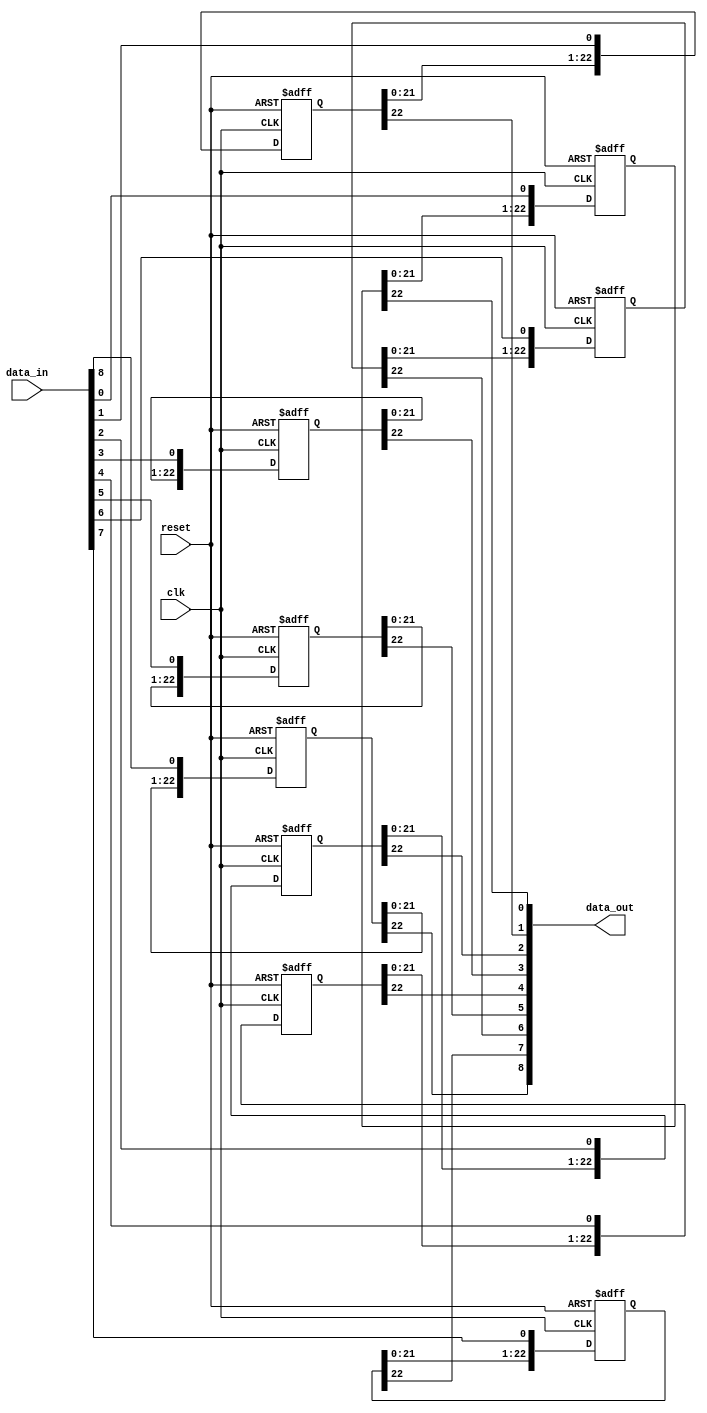
// Shifts data by a fixed depth.
// Optimize in future by finding a way to create 2-d arrays

module shift_9
(
  input clk,
  input reset,
  input signed [8:0] data_in,
  output signed [8:0] data_out
);

// Depth = D = n-k;
parameter IMAGE_WIDTH = 28;
parameter KERNEL_WIDTH = 5;
parameter D = IMAGE_WIDTH - KERNEL_WIDTH;

// Define holding register for each bit
reg [D-1:0] hr_0; reg [D-1:0] hr_1; reg [D-1:0] hr_2; reg [D-1:0] hr_3;
reg [D-1:0] hr_4; reg [D-1:0] hr_5; reg [D-1:0] hr_6; reg [D-1:0] hr_7;
reg [D-1:0] hr_8;

always @ (posedge clk or posedge reset) begin
  if (reset) begin
    hr_0 <= 0;
    hr_1 <= 0;
    hr_2 <= 0;
    hr_3 <= 0;
    hr_4 <= 0;
    hr_5 <= 0;
    hr_6 <= 0;
    hr_7 <= 0;
    hr_8 <= 0;
  end else begin
    hr_0 [D-1:0] <= {hr_0[D-2:0], data_in[0]};
    hr_1 [D-1:0] <= {hr_1[D-2:0], data_in[1]};
    hr_2 [D-1:0] <= {hr_2[D-2:0], data_in[2]};
    hr_3 [D-1:0] <= {hr_3[D-2:0], data_in[3]};
    hr_4 [D-1:0] <= {hr_4[D-2:0], data_in[4]};
    hr_5 [D-1:0] <= {hr_5[D-2:0], data_in[5]};
    hr_6 [D-1:0] <= {hr_6[D-2:0], data_in[6]};
    hr_7 [D-1:0] <= {hr_7[D-2:0], data_in[7]};
    hr_8 [D-1:0] <= {hr_8[D-2:0], data_in[8]};
  end
end

assign data_out[0] = hr_0[D-1]; assign data_out[1] = hr_1[D-1];
assign data_out[2] = hr_2[D-1]; assign data_out[3] = hr_3[D-1];
assign data_out[4] = hr_4[D-1]; assign data_out[5] = hr_5[D-1];
assign data_out[6] = hr_6[D-1]; assign data_out[7] = hr_7[D-1];
assign data_out[8] = hr_8[D-1];

endmodule